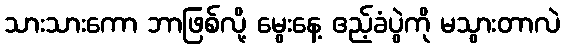
သားသားကော ဘာဖြစ်လို့ မွေးနေ့ ဧည့်ခံပွဲကို မသွားတာလဲ